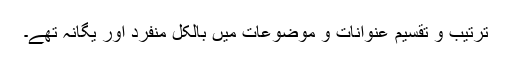
ترتیب و تقسیم عنوانات و موضوعات میں بالکل منفرد اور یگانہ تھے۔